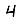
Digit: 4